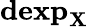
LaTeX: \mathbf{dexp}_{\mathbf{X}}